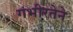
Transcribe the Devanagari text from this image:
गंभीरतेने